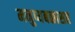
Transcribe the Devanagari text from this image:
मनुष्यबळासह